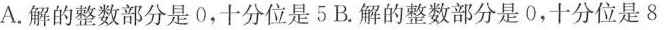
A. 解的整数部分是0，十分位是5 B. 解的整数部分是0，十分位是8